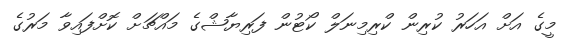
މީގެ އަށް އަހަރު ކުރިން ކްރިމިނަލް ކޯޓުން ފަރިޔާޝްގެ މައްޗަށް ކޮށްފައިވާ މަރުގެ